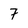
Character: 7